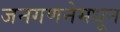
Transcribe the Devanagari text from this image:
जनगणनेमधून